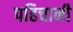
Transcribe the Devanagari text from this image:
पहिचानी